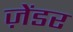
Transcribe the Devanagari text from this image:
ज़ेंडर